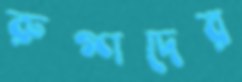
রুগ্ণদের